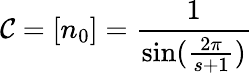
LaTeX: \mathcal{C}=[n_{0}]=\frac{{1}}{{\sin(\frac{{2\pi}}{{s+1}})}}